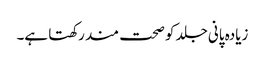
زیادہ پانی جلد کو صحت مند رکھتا ہے۔